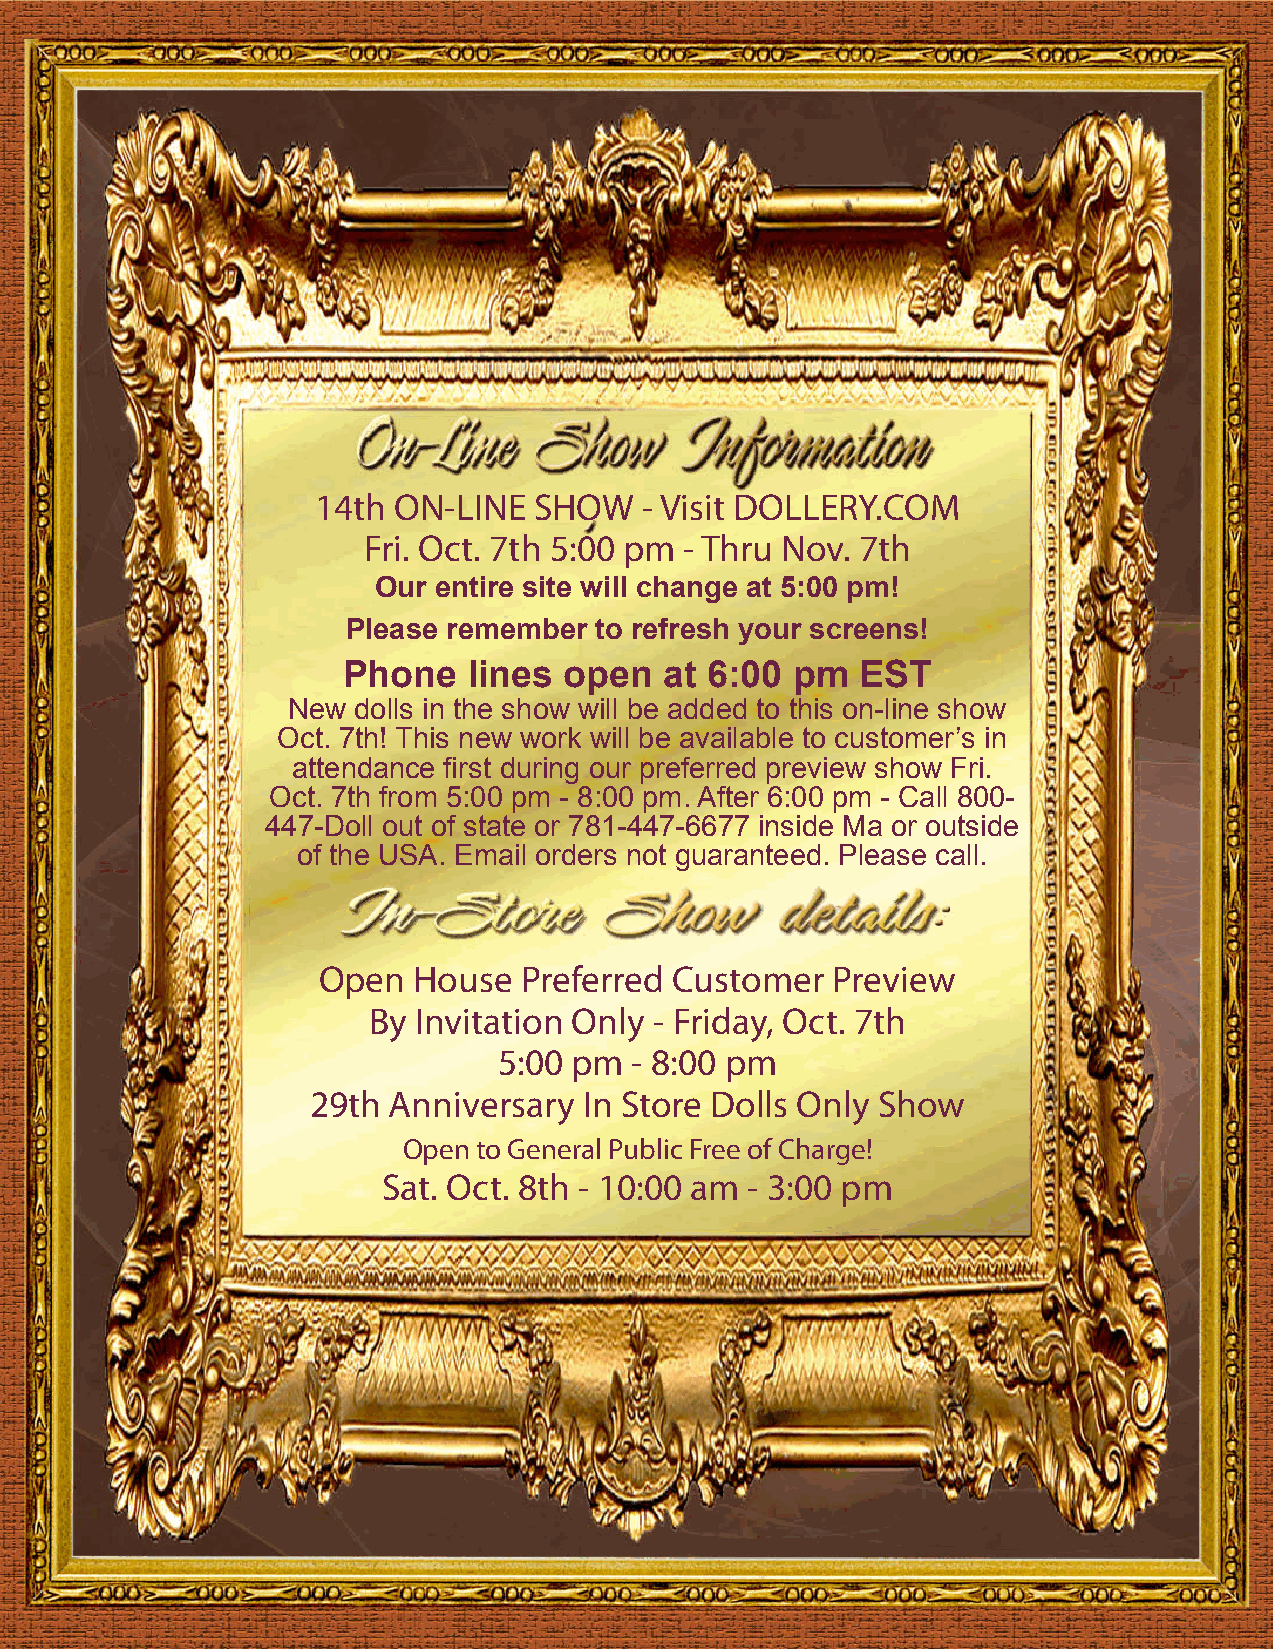
14th ON-LINE  SHOW    - Visit DOLLERY.COM
 Fri. Oct. 7th 5:00 pm - Thru Nov. 7th
 Our entire site will change at 5:00 pm!
 Please remember to refresh your screens!
 Phone   lines open   at 6:00 pm   EST
 New dolls in the show will be added to this on-line show
 Oct. 7th! This new work will be available to customer’s in
 attendance first during our preferred preview show Fri.
 Oct. 7th from 5:00 pm - 8:00 pm. After 6:00 pm - Call 800-
 447-Doll out of state or 781-447-6677 inside Ma or outside
 of the USA. Email orders not guaranteed. Please call.
 Open  House   Preferred Customer  Preview
 By Invitation Only - Friday, Oct. 7th
 5:00 pm  - 8:00 pm
 29th  Anniversary  In Store Dolls Only Show
 Open to General Public Free of Charge!
 Sat. Oct. 8th - 10:00 am - 3:00 pm